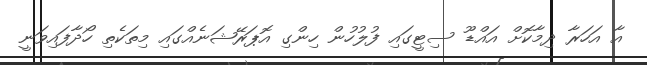
އާ އަހަރާ ދިމާކޮށް އައްޑޫ ސިޓީގައި ފުލުހުން ހިންގި އޮޕަރޭޝަނެއްގައި މިތަކެތި ހޯދާފައިވަނީ